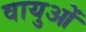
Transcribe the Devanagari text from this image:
वायुओं